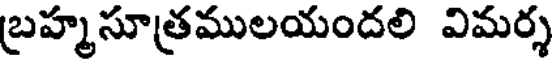
బ్రహ్మసూత్రములయందలి విమర్శ